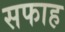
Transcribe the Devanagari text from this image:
सफाह